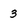
Character: 3